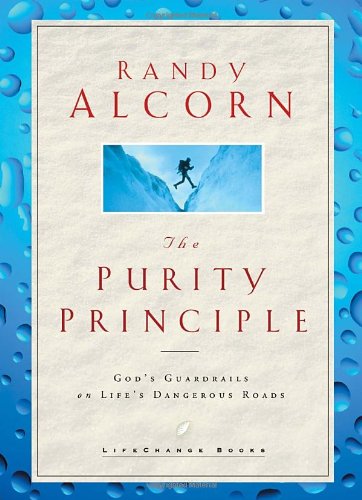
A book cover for The Purity Principle: God's Safeguards for Life's Dangerous Trails (LifeChange Books); Randy Alcorn; Health, Fitness & Dieting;